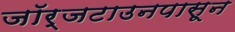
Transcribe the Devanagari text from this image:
जॉर्जटाउनपासून